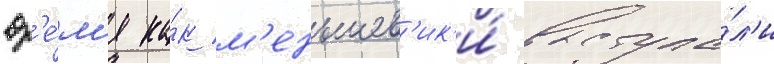
вр'е́м'я ка́к м'еньшев'ик'и́ выступа́л'и